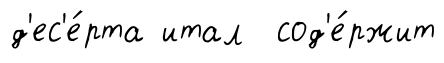
д'ес'е́рта итал сод'е́ржит